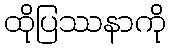
ထိုပြဿနာကို